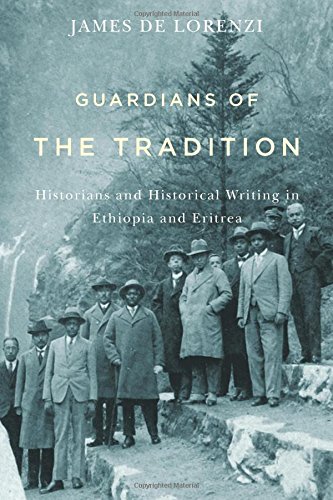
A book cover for Guardians of the Tradition (Rochester Studies in African History and the Diaspora); James De Lorenzi; History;